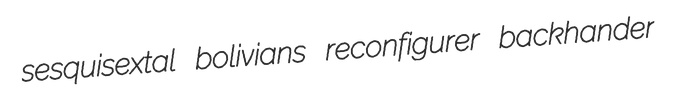
sesquisextal bolivians reconfigurer backhander